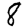
Digit: 8